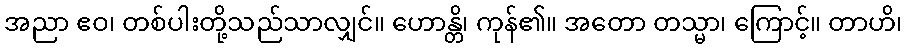
အညာ ဧဝ၊ တစ်ပါးတို့သည်သာလျှင်။ ဟောန္တိ၊ ကုန်၏။ အတော တသ္မာ၊ ကြောင့်။ တာဟိ၊